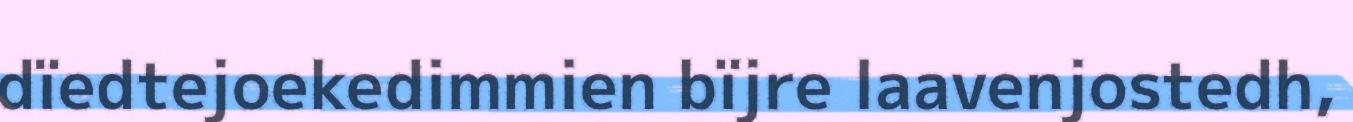
dïedtejoekedimmien bïjre laavenjostedh,